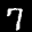
Label: 7